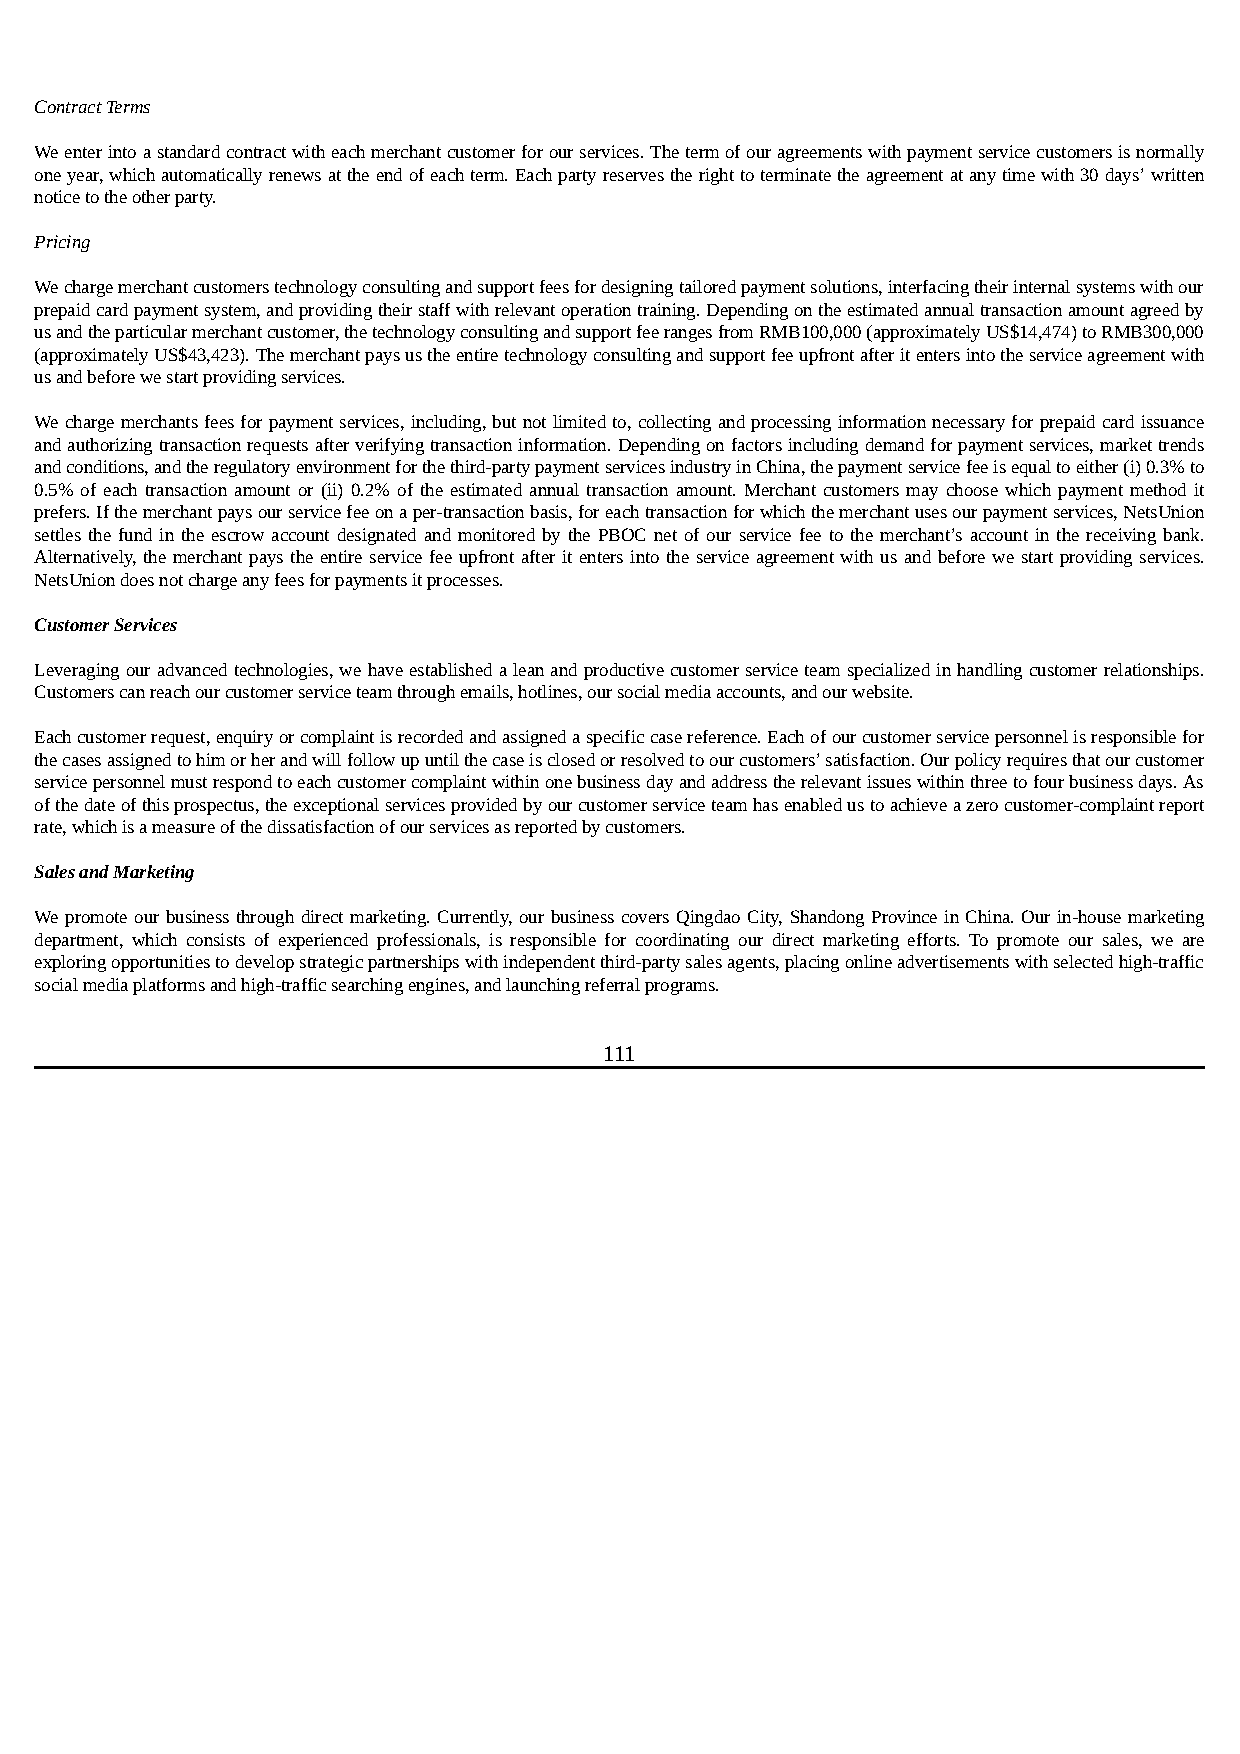
Contract Terms
 We enter into a standard contract with each merchant customer for our services. The term of our agreements with payment service customers is normally
 one year, which automatically renews at the end of each term. Each party reserves the right to terminate the agreement at any time with 30 days’ written
 notice to the other party.
 Pricing
 We charge merchant customers technology consulting and support fees for designing tailored payment solutions, interfacing their internal systems with our
 prepaid card payment system, and providing their staff with relevant operation training. Depending on the estimated annual transaction amount agreed by
 us and the particular merchant customer, the technology consulting and support fee ranges from RMB100,000 (approximately US$14,474) to RMB300,000
 (approximately US$43,423). The merchant pays us the entire technology consulting and support fee upfront after it enters into the service agreement with
 us and before we start providing services.
 We charge merchants fees for payment services, including, but not limited to, collecting and processing information necessary for prepaid card issuance
 and authorizing transaction requests after verifying transaction information. Depending on factors including demand for payment services, market trends
 and conditions, and the regulatory environment for the third-party payment services industry in China, the payment service fee is equal to either (i) 0.3% to
 0.5% of each transaction amount or (ii) 0.2% of the estimated annual transaction amount. Merchant customers may choose which payment method it
 prefers. If the merchant pays our service fee on a per-transaction basis, for each transaction for which the merchant uses our payment services, NetsUnion
 settles the fund in the escrow account designated and monitored by the PBOC net of our service fee to the merchant’s account in the receiving bank.
 Alternatively, the merchant pays the entire service fee upfront after it enters into the service agreement with us and before we start providing services.
 NetsUnion does not charge any fees for payments it processes.
 Customer Services
 Leveraging our advanced technologies, we have established a lean and productive customer service team specialized in handling customer relationships.
 Customers can reach our customer service team through emails, hotlines, our social media accounts, and our website.
 Each customer request, enquiry or complaint is recorded and assigned a specific case reference. Each of our customer service personnel is responsible for
 the cases assigned to him or her and will follow up until the case is closed or resolved to our customers’ satisfaction. Our policy requires that our customer
 service personnel must respond to each customer complaint within one business day and address the relevant issues within three to four business days. As
 of the date of this prospectus, the exceptional services provided by our customer service team has enabled us to achieve a zero customer-complaint report
 rate, which is a measure of the dissatisfaction of our services as reported by customers.
 Sales and Marketing
 We promote our business through direct marketing. Currently, our business covers Qingdao City, Shandong Province in China. Our in-house marketing
 department, which consists of experienced professionals, is responsible for coordinating our direct marketing efforts. To promote our sales, we are
 exploring opportunities to develop strategic partnerships with independent third-party sales agents, placing online advertisements with selected high-traffic
 social media platforms and high-traffic searching engines, and launching referral programs.
 111